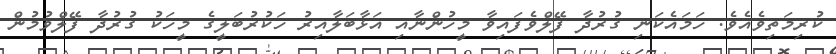
ކުރިމަތިވެއެވެ. ހަމައެކަނި ގުރުދާ ފޭލްވެފައިވާ މީހުންނާއި އަޅާބަލާއިރު ހަކުރުބަލީގެ މީހަކު ގުރުދާ ފޭލްވުމުން